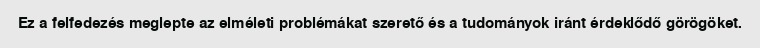
Ez a felfedezés meglepte az elméleti problémákat szerető és a tudományok iránt érdeklődő görögöket.